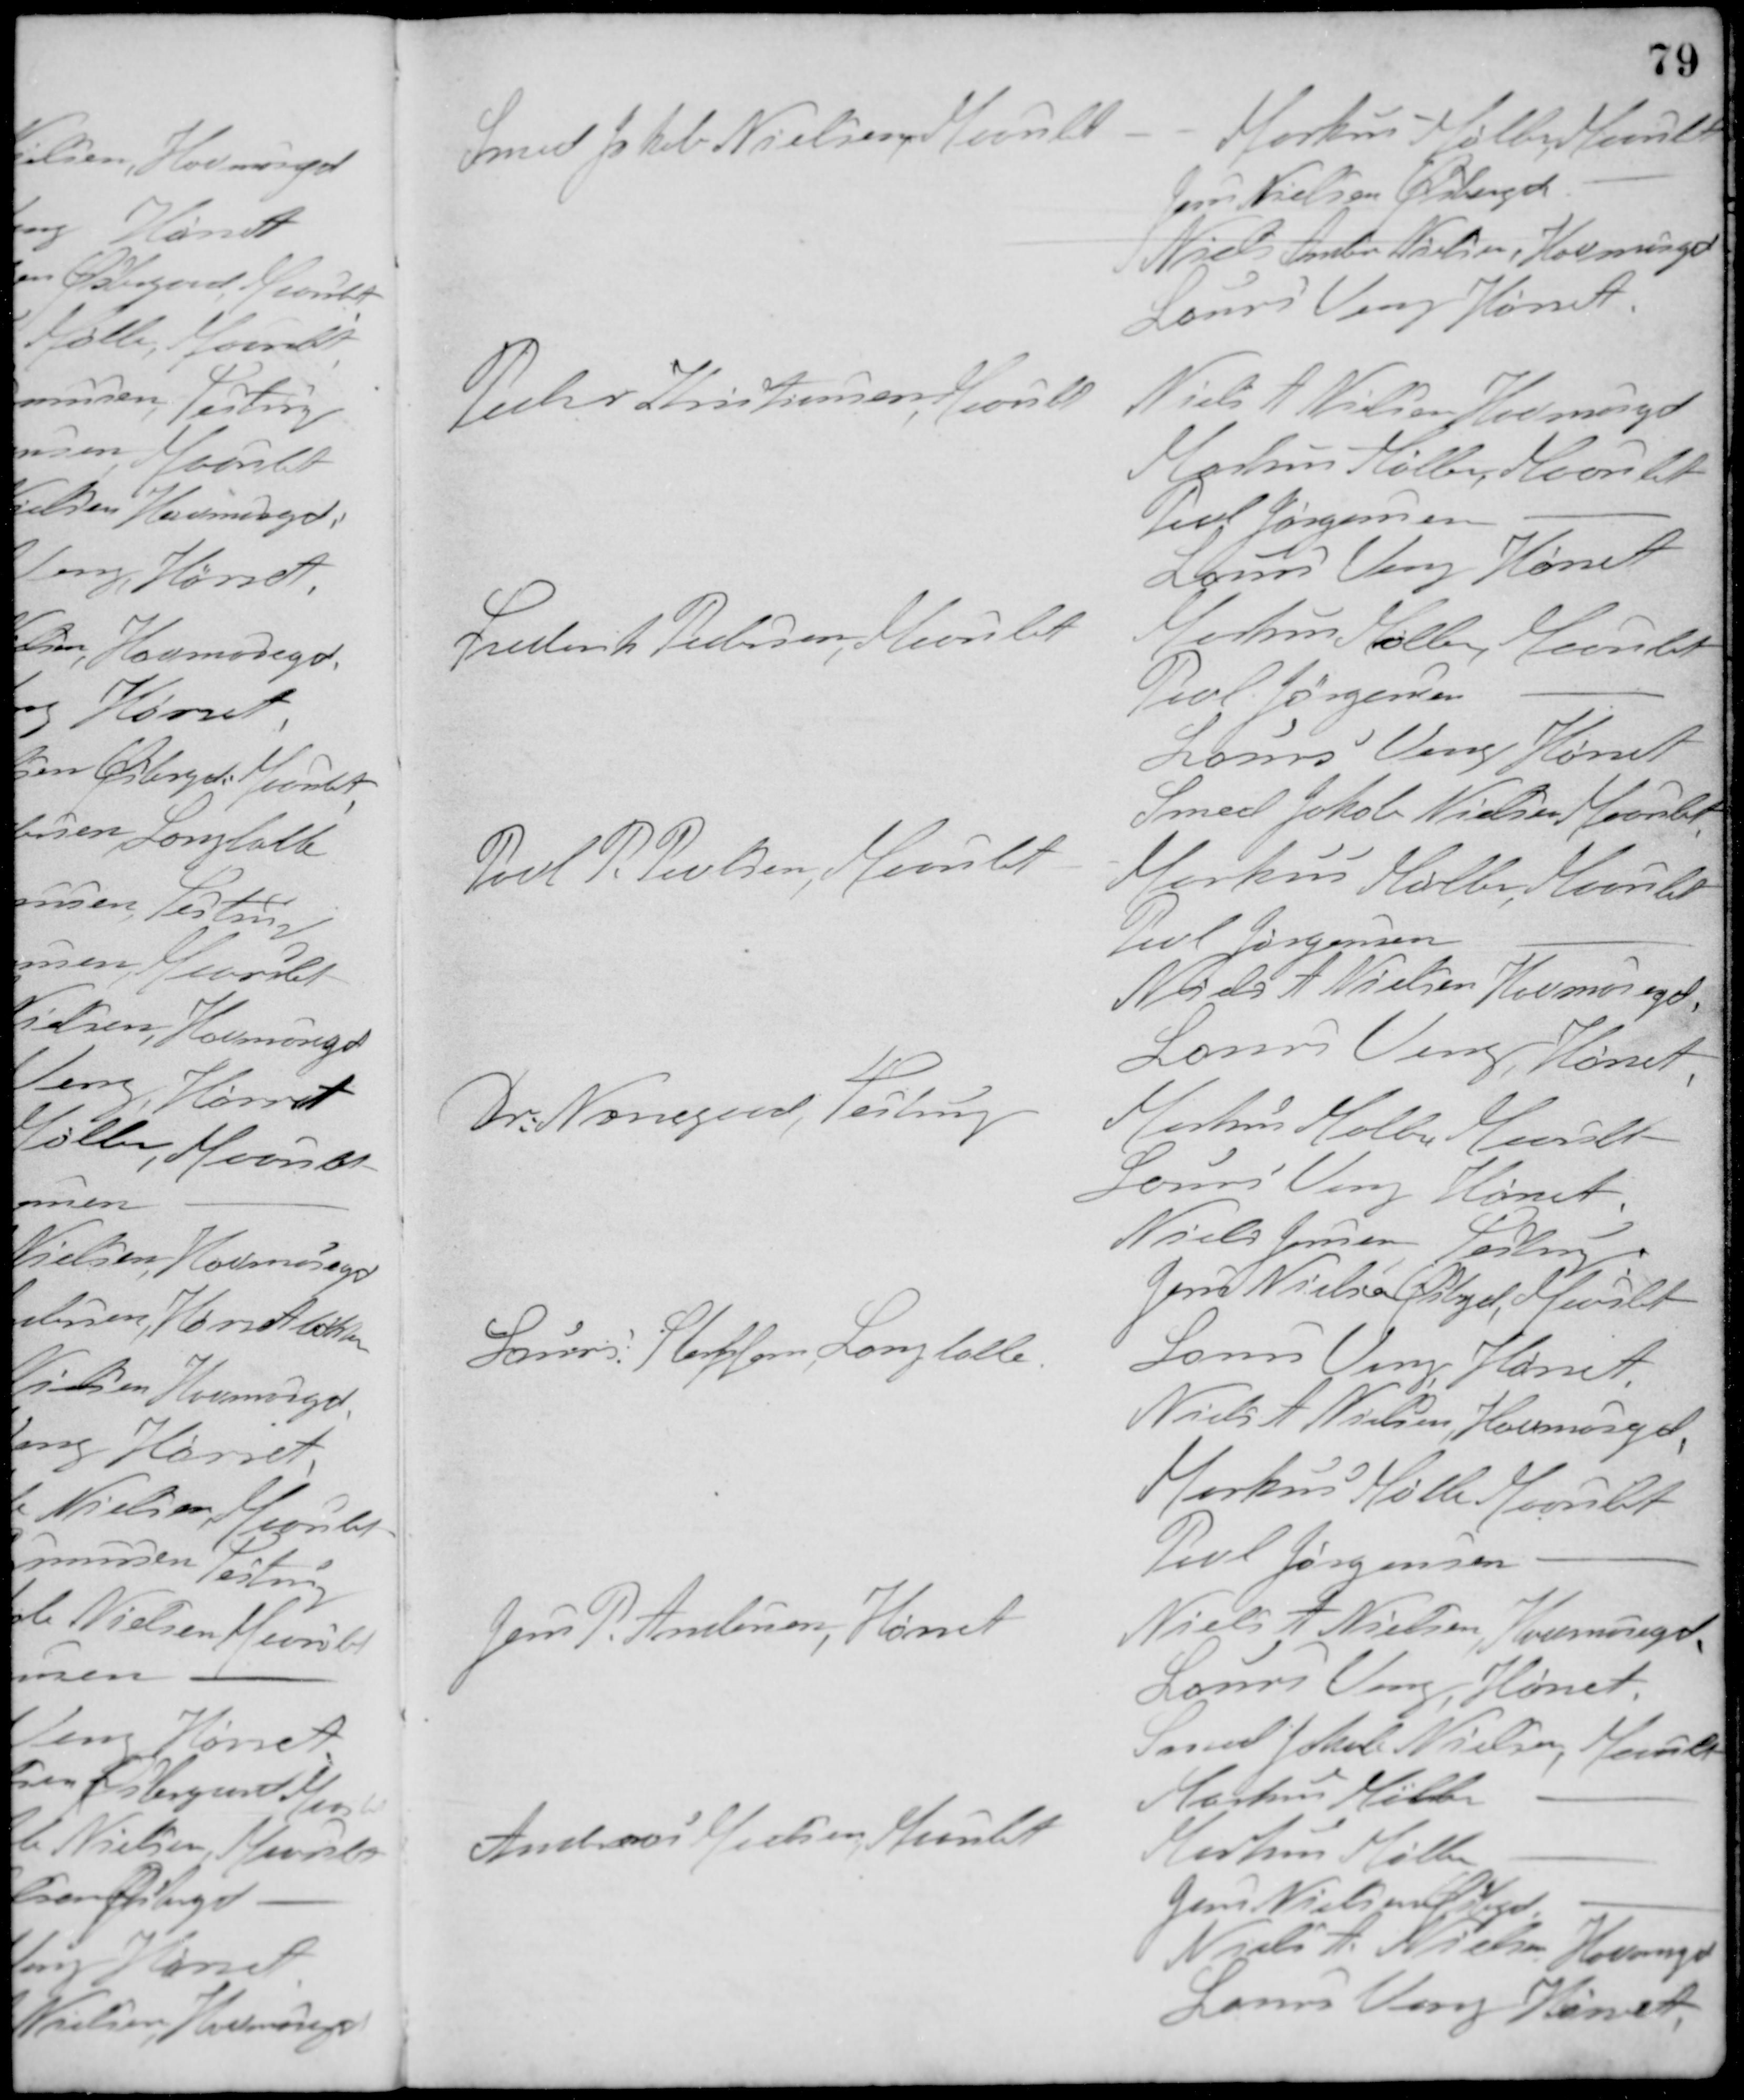
Transskription:
Smed Jakob Nielsen Maarslet
Markus Møller, Maarslet
Jens Nielsen Østergd., -
Niels Andersen Nielsen, Havmosegd.
Laurs Veng Hørret
Peder Kristiansen, Maarslet
Niels A. Nielsen Havmosegd.
Markus Møller, Maarslet
Povl Jørgensen -
Laurs Veng Hørret
Frederik Pedersen, Maarslet
Markus Møller, Maarslet
Povl Jørgensen -
Laurs Veng Hørret
Smed Jakob Nielsen Maarslet
Povl P. Povlsen, Maarslet
Markus Møller, Maarslet
Povl Jørgensen -
Niels A. Nielsen Havmosegd.
Laurs Veng, Hørret
Dr. Nørregaard, Testrup
Markus Møller Maarslet
Laurs Veng Hørret
Niels Jensen Testrup
Jens Nielsen Østergd., Maarslet
Laurs Slofforn, Langballe
Laurs Veng, Hørret
Niels A. Nielsen, Havmosegd.
Markus Møller Maarslet
Povl Jørgensen -
Jens P. Andersen, Hørret
Niels A. Nielsen, Havmosegd.
Laurs Veng, Hørret
Smed Jakob Nielsen, Maarslet
Markus Møller -
Andreas Madsen Maarslet
Markus Møller -
Jens Nielsens Østergd, -
Niels A. Nielsen, Havmosegd.
Laurs Veng Hørret